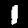
Digit: 1